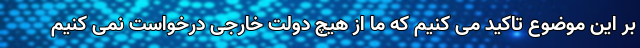
بر این موضوع تاکید می کنیم که ما از هیچ دولت خارجی درخواست نمی کنیم